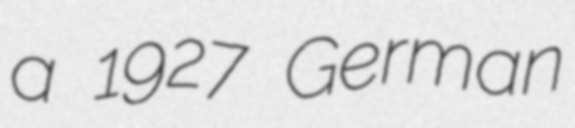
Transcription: a 1927 German